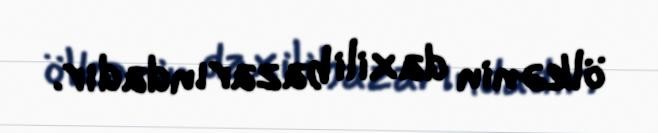
ölkənin daxili bazarındadır.